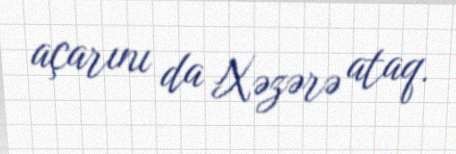
açarını da Xəzərə ataq.